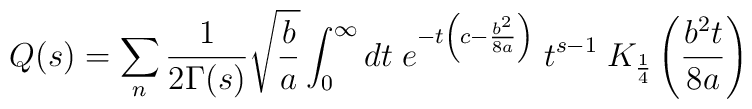
Q(s)=\sum_n\frac{1}{2\Gamma(s)}\sqrt{\frac{b}{a}}\int_0^{\infty}dt\;e^{-t\left(c-\frac{b^2}{8a}\right)}\;t^{s-1}\;K_{\frac{1}{4}}\left(\frac{b^2t}{8a}\right)